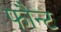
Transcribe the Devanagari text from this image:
फौन्ट